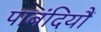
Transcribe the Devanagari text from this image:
पाबंदियौं